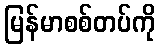
မြန်မာစစ်တပ်ကို